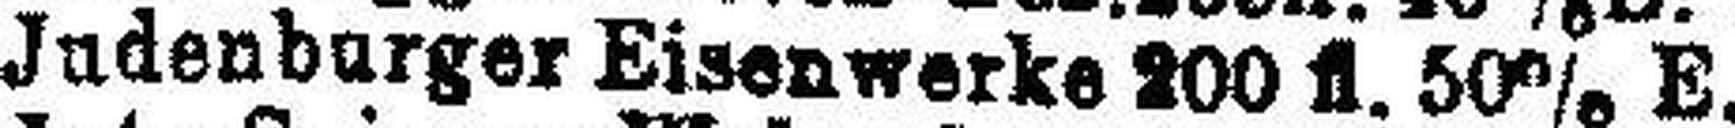
Judenburger Eisenwerke 200 fl. 50% E.